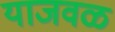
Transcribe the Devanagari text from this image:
याजवळ